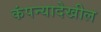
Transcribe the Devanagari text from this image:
कंपन्यादेखील